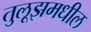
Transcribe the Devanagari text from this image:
तुलूझमधील